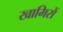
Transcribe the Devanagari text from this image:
खामिरों